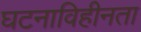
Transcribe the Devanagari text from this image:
घटनाविहीनता